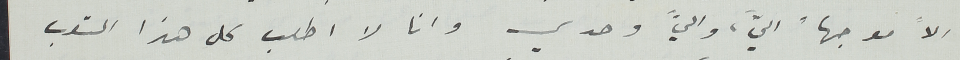
الاً موجهاً اليَّ، واليَّ وحدي وانا لا اطلب كل هذا التعب